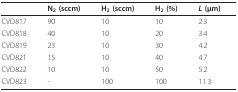
<table><thead><tr><td></td><td><b>N<sub>2 </sub>(sccm)</b></td><td><b>H<sub>2 </sub>(sccm)</b></td><td><b>H<sub>2 </sub>(%)</b></td><td><b><i>L </i>(μm)</b></td></tr></thead><tbody><tr><td>CVD817</td><td>90</td><td>10</td><td>10</td><td>2.3</td></tr><tr><td>CVD818</td><td>40</td><td>10</td><td>20</td><td>3.4</td></tr><tr><td>CVD819</td><td>23</td><td>10</td><td>30</td><td>4.2</td></tr><tr><td>CVD821</td><td>15</td><td>10</td><td>40</td><td>4.7</td></tr><tr><td>CVD822</td><td>10</td><td>10</td><td>50</td><td>5.2</td></tr><tr><td>CVD823</td><td>-</td><td>100</td><td>100</td><td>11.3</td></tr></tbody></table>